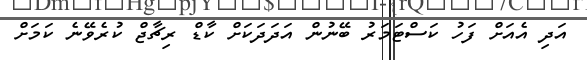
އަދި އެއަށް ފަހު ކަސްޓަމަރު ބޭނުން އަދަދަކަށް ކާޑް ރިޗާޖް ކުރެވޭނެ ކަމަށް